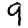
Digit: 9